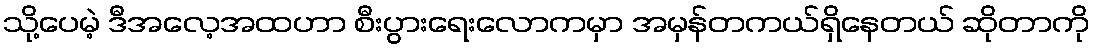
သို့ပေမဲ့ ဒီအလေ့အထဟာ စီးပွားရေးလောကမှာ အမှန်တကယ်ရှိနေတယ် ဆိုတာကို